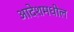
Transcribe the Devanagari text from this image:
आदेशमधील